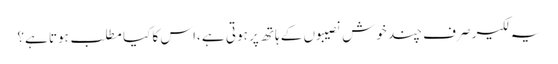
یہ لکیر صرف چند خوش نصیبوں کے ہاتھ پر ہوتی ہے ،اس کا کیا مطلب ہوتا ہے؟